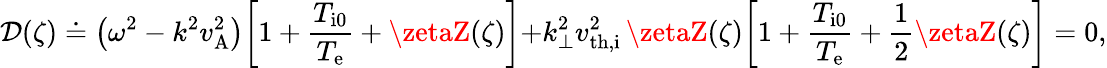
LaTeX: \mathcal{D}(\zeta)\doteq\bigl(\omega^{2}-k^{2}v_{\mathrm{{A}}}^{2}\bigr)\biggl[1+\frac{{T_{\mathrm{{i0}}}}}{{T_{\mathrm{{e}}}}}+\zetaZ(\zeta)\biggl]+k_{\perp}^{2}v_{\mathrm{{th,i}}}^{2}\, \zetaZ(\zeta)\biggl[1+\frac{{T_{\mathrm{{i0}}}}}{{T_{\mathrm{{e}}}}}+\frac{{1}}{{2}}\zetaZ(\zeta)\biggr]=0,